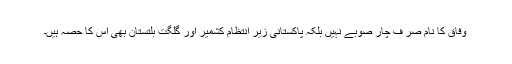
وفاق کا نام صر ف چار صوبے نہیں بلکہ پاکستانی زیر انتظام کشمیر اور گلگت بلتستان بھی اس کا حصہ ہیں۔